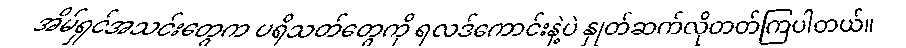
အိမ်ရှင်အသင်းတွေက ပရိသတ်တွေကို ရလဒ်ကောင်းနဲ့ပဲ နှုတ်ဆက်လိုတတ်ကြပါတယ်။